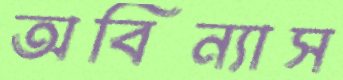
অবিন্যাস